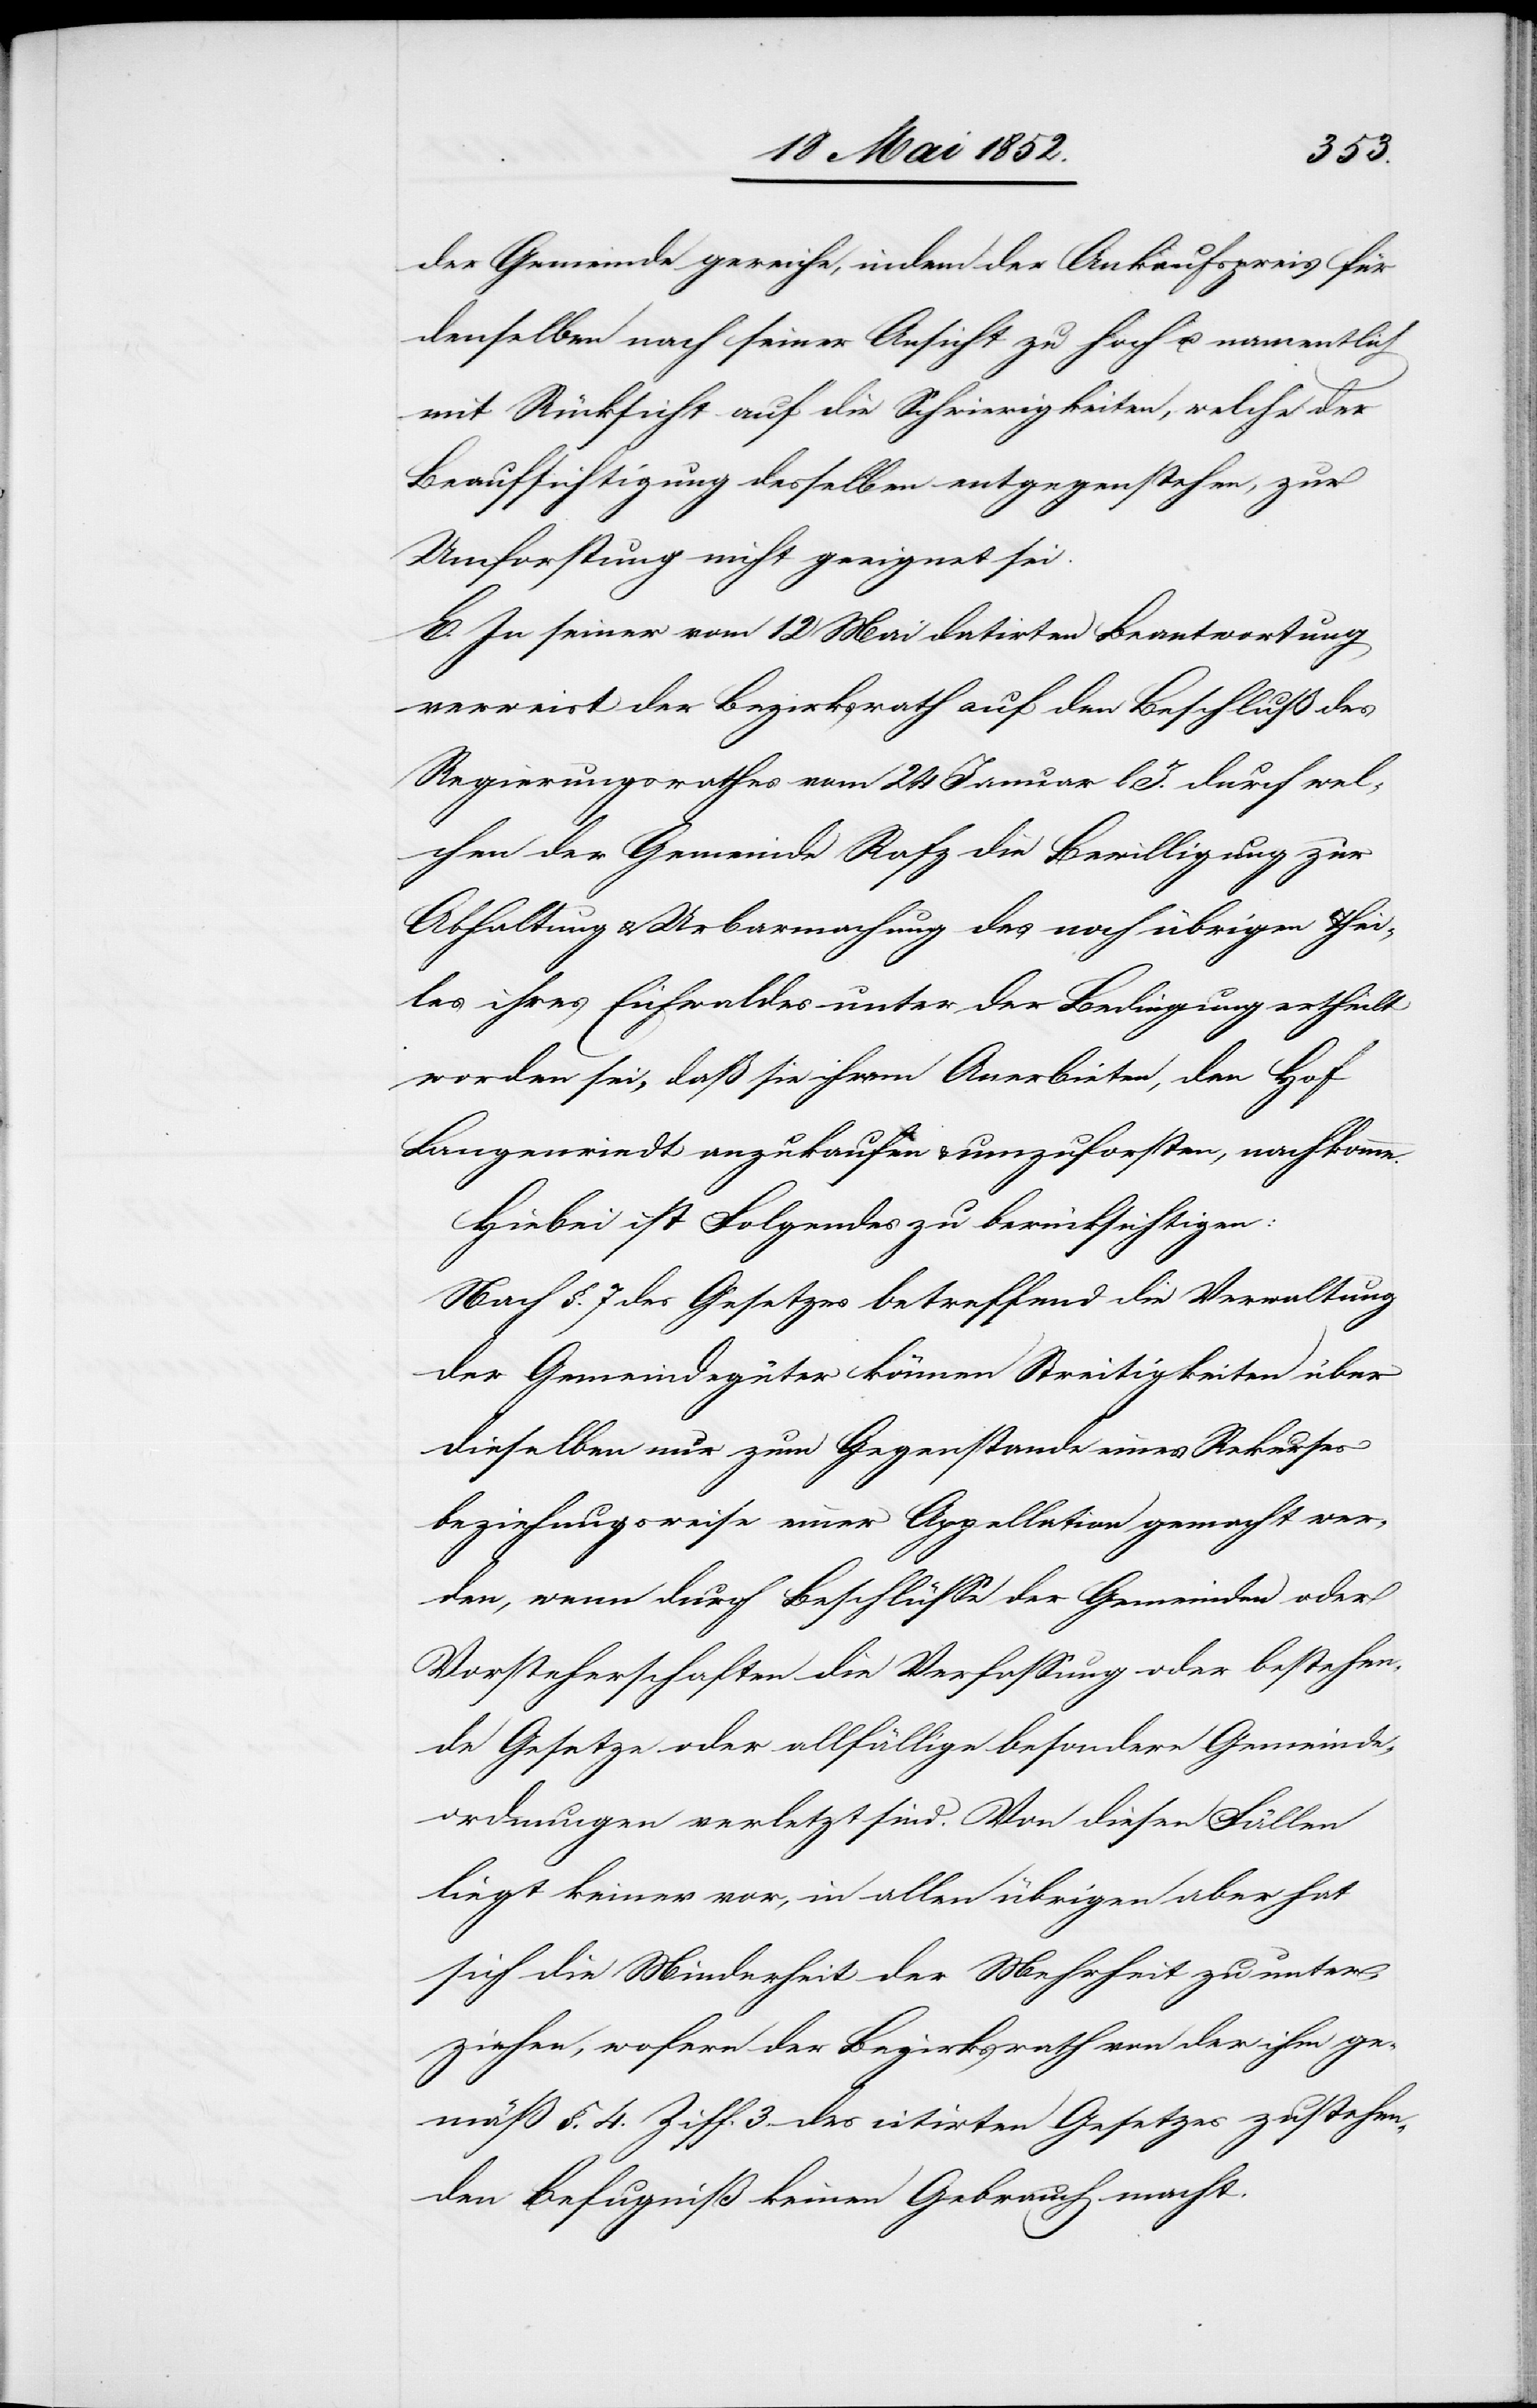
der Gemeinde gereiche, indem der Ankaufspreis für
denselben nach seiner Ansicht zu hoch u. namentlich
mit Rücksicht auf die Schwierigkeiten, welche der
Beaufsichtigung desselben entgegenstehen, zur
Umforstung nicht geeignet sei.
E. In seiner vom 12 Mai datirten Beantwortung
verweist der Bezirksrath auf den Beschluß des
Regierungsrathes vom 24 Januar l. J. durch wel¬
chen der Gemeinde Rafz die Bewilligung zur
Abhaltung & Urbarmachung des noch übrigen Thei¬
les ihres Eichwaldes unter der Bedingung ertheilt
worden sei, daß sie ihrem Anerbieten, den Hof
Langenriedt anzukaufen & umzuforsten, nachkomme.
Hiebei ist Folgendes zu berücksichtigen:
Nach §. 7 des Gesetzes betreffend die Verwaltung
der Gemeindegüter können Streitigkeiten über
dieselben nur zum Gegenstande eines Rekurses
beziehungsweise einer Appellation gemacht wer¬
den, wenn durch Beschlüsse der Gemeinden oder
Vorsteherschaften die Verfassung oder bestehen¬
de Gesetze oder allfällige besondere Gemeinde¬
ordnungen verletzt sind. Von diesen Fällen
liegt keiner vor, in allen übrigen aber hat
sich die Minderheit der Mehrheit zu unter¬
ziehen, wofern der Bezirksrath von der ihm ge¬
mäß §. 4. Ziff. 3. des citirten Gesetzes zustehen¬
den Befugniß keinen Gebrauch macht.